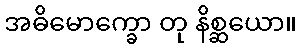
အဓိမောက္ခော တု နိစ္ဆယော။